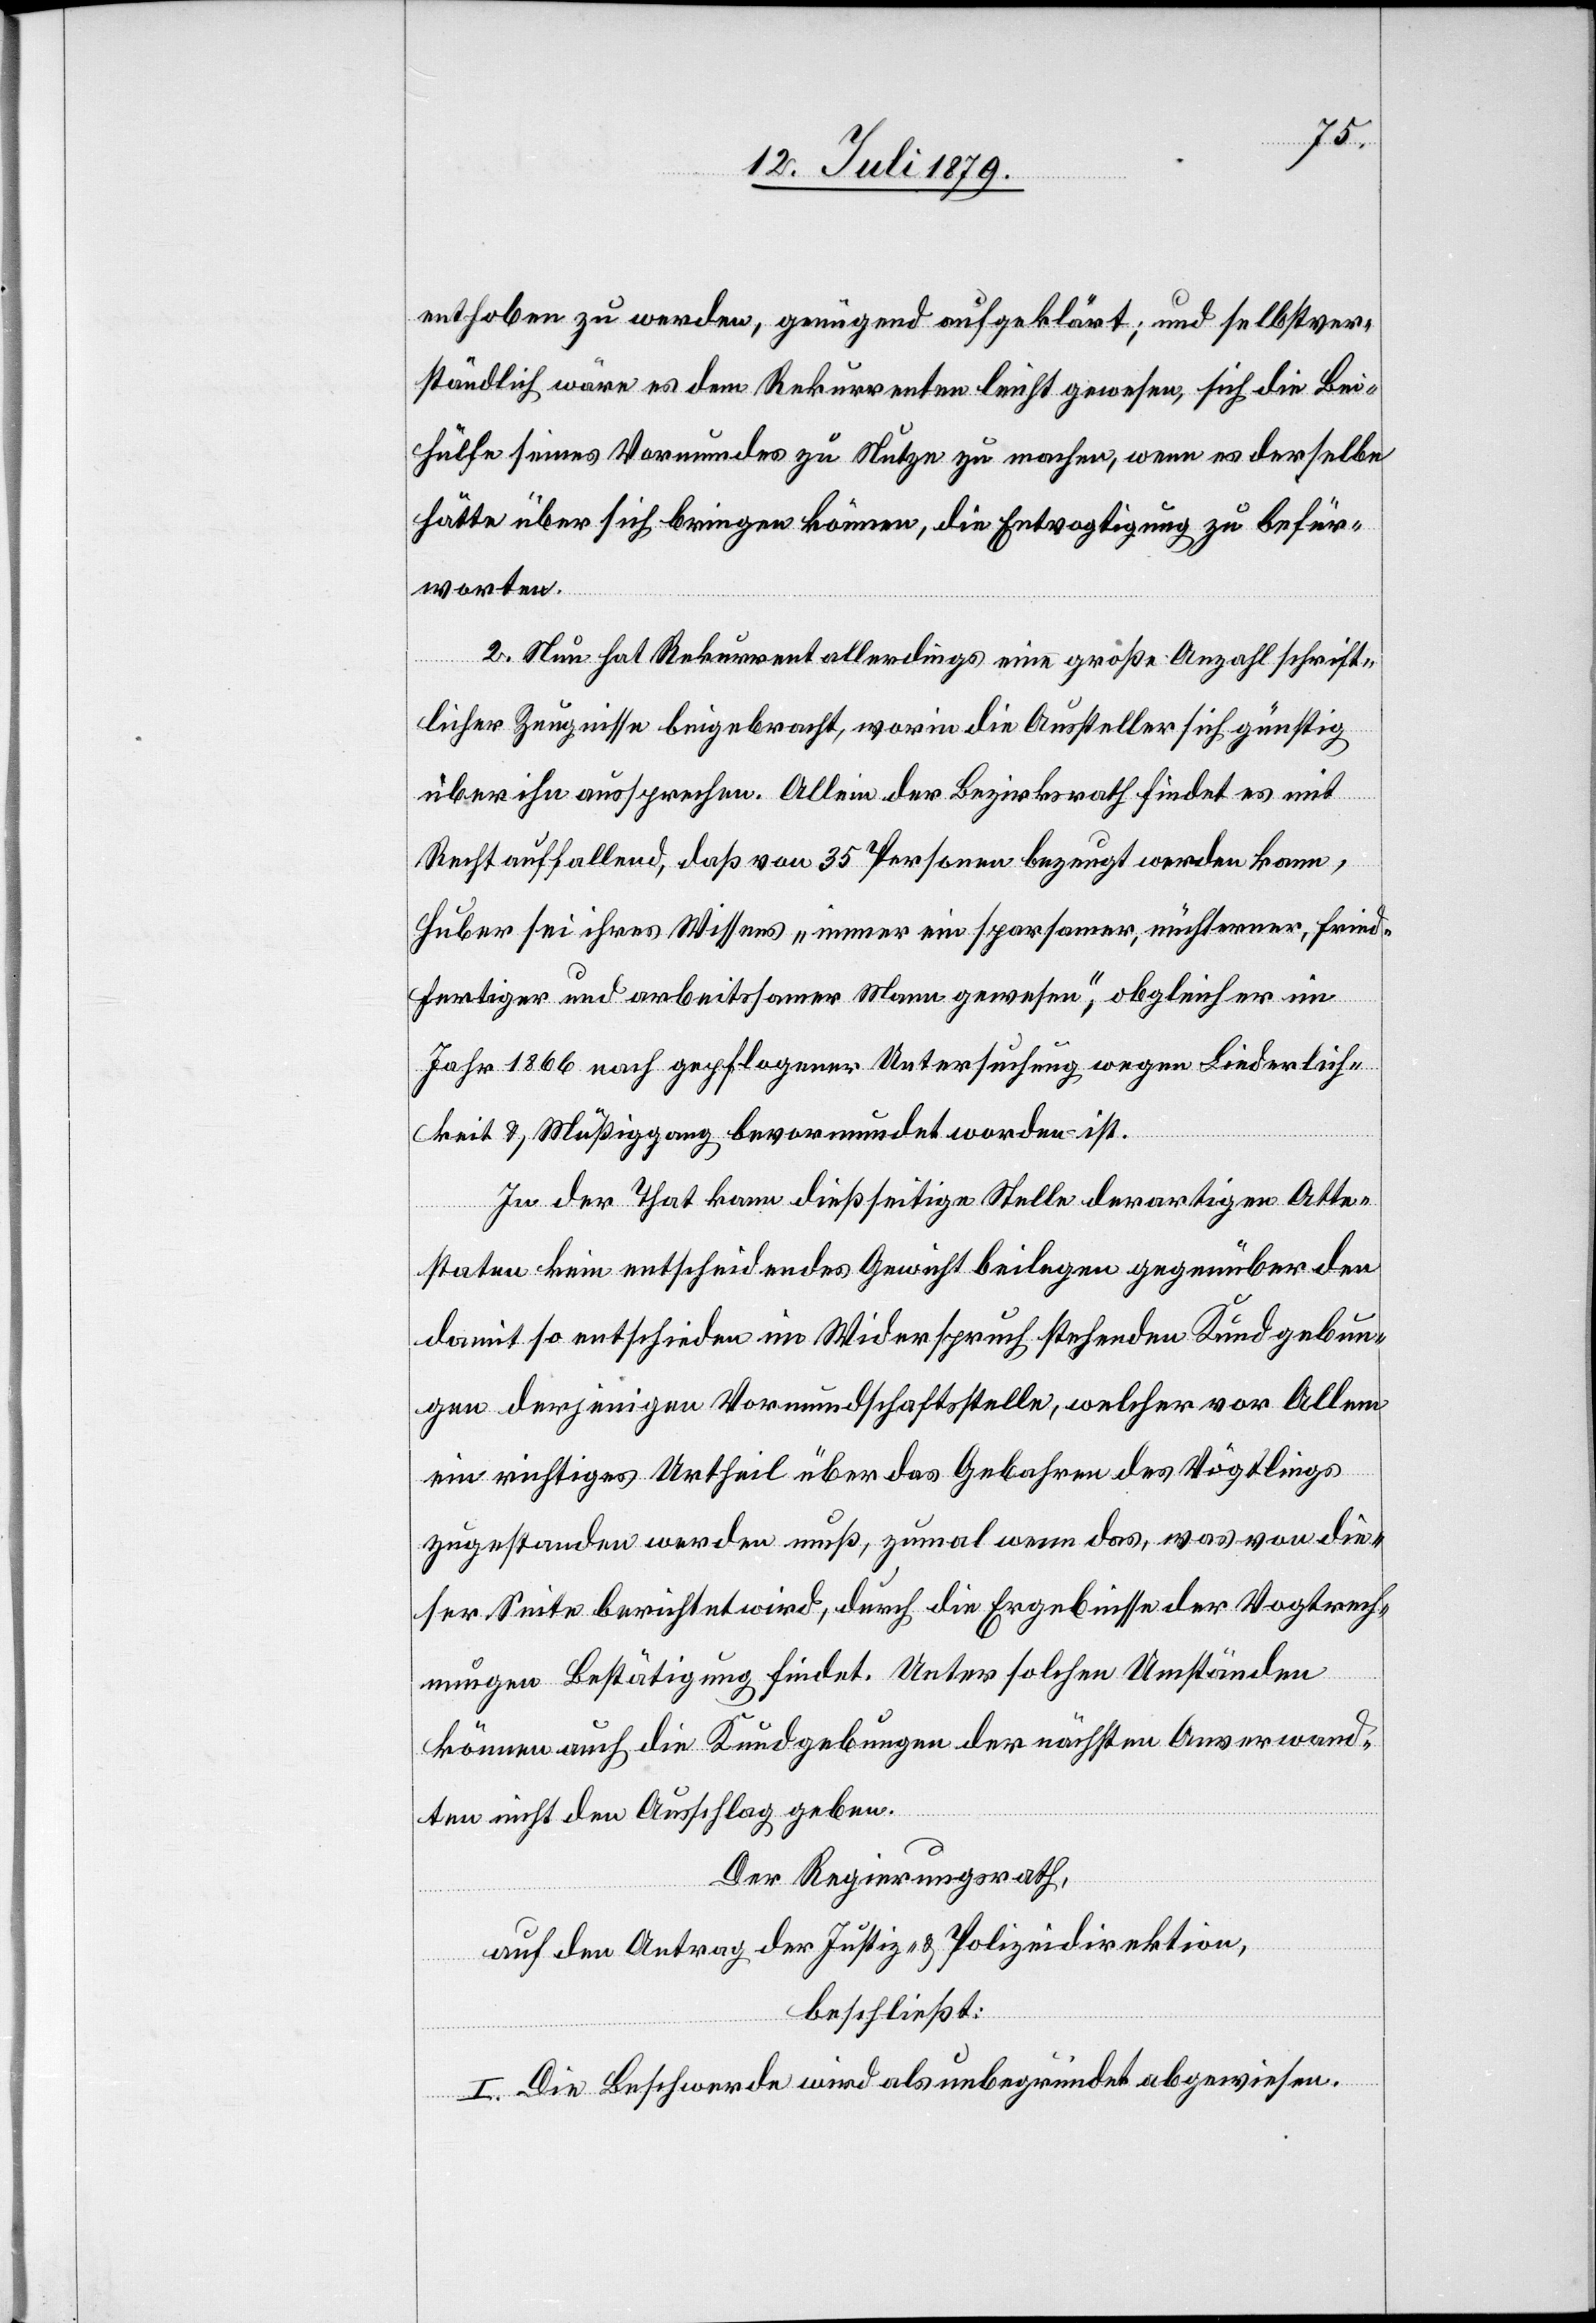
enthoben zu werden, genügend aufgeklärt; und selbstver¬
ständlich wäre es dem Rekurrenten leicht gewesen, sich die Bei¬
hülfe seines Vormundes zu Nutze zu machen, wenn es derselbe
hätte über sich bringen können, die Entvogtigung zu befür¬
worten.
2. Nun hat Rekurrent allerdings eine große Anzahl schrift¬
licher Zeugnisse beigebracht, worin die Aussteller sich günstig
über ihn aussprechen. Allein der Bezirksrath findet es mit
Recht auffallend, daß von 35 Personen bezeugt werden kann,
Huber sei ihres Wissens „immer ein sparsamer, nüchterner, fried¬
fertiger und arbeitssamer Mann gewesen“, obgleich er im
Jahr 1866 nach gepflogener Untersuchung wegen Liederlich¬
keit & Müßiggang bevormundet worden ist.
In der That kann diesseitige Stelle derartigen Atte¬
staten kein entscheidendes Gewicht beilegen gegenüber den
damit so entschieden im Widerspruch stehenden Kundgebun¬
gen derjenigen Vormundschaftsstelle, welcher vor Allem
ein richtiges Urhteil über das Gebahren des Vögtlings
zugestanden werden muß, zumal wenn das, was von die¬
ser Seite berichtet wird, durch die Ergebnisse der Vogtrech¬
nungen Bestätigung findet. Unter solchen Umständen
können auch die Kundgebungen der nächsten Anverwand¬
ten nicht den Ausschlag geben.
Der Regierungsrath,
auf den Antrag der Justiz- & Polizeidirektion,
beschließt:
I. Die Beschwerde wird als unbegründet abgewiesen.